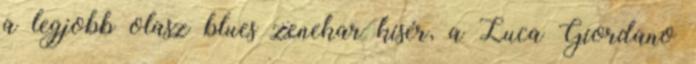
a legjobb olasz blues zenekar kísér, a Luca Giordano